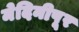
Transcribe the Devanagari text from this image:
मेदिनीपूर